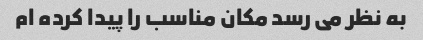
به نظر می رسد مکان مناسب را پیدا کرده ام